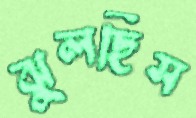
ঝুলছিস